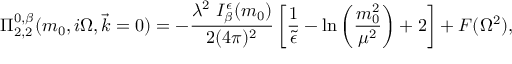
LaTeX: \Pi _ { 2 , 2 } ^ { 0 , \beta } ( m _ { 0 } , i \Omega , \vec { k } = 0 ) = - \frac { \lambda ^ { 2 } ~ I _ { \beta } ^ { \epsilon } ( m _ { 0 } ) } { 2 ( 4 \pi ) ^ { 2 } } \left[ \frac { 1 } { \tilde { \epsilon } } - \ln \left( \frac { m _ { 0 } ^ { 2 } } { \mu ^ { 2 } } \right) + 2 \right] + F ( \Omega ^ { 2 } ) ,